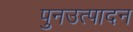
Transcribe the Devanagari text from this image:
पुनउत्पादन